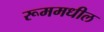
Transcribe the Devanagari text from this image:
रूममधील